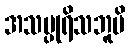
အသပ္ပုရိသဘူမိ